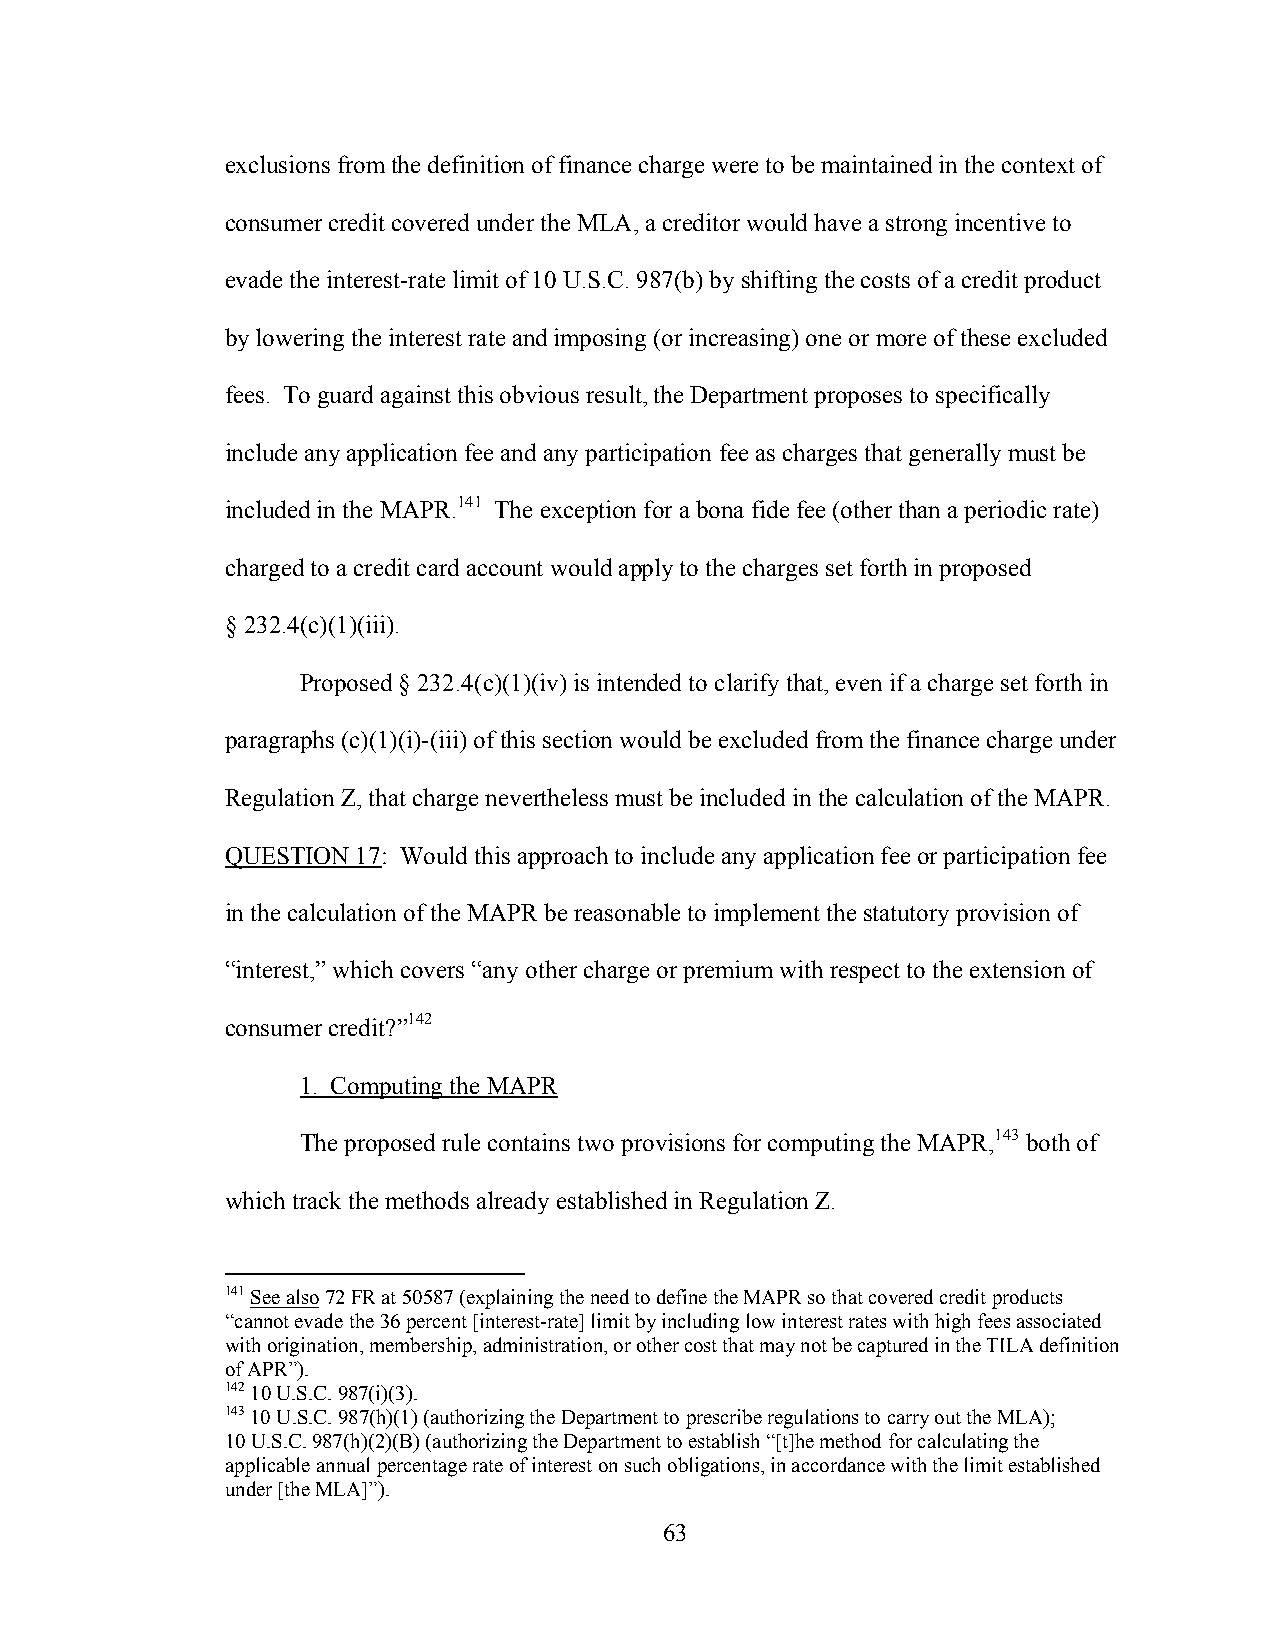
exclusions from the definition of finance charge were to be maintained in the context of
 consumer credit covered under the MLA, a creditor would have a strong incentive to
 evade the interest-rate limit of 10 U.S.C. 987(b) by shifting the costs of a credit product
 by lowering the interest rate and imposing (or increasing) one or more of these excluded
 fees. To guard against this obvious result, the Department proposes to specifically
 include any application fee and any participation fee as charges that generally must be
 included in the MAPR.141 The exception for a bona fide fee (other than a periodic rate)
 charged to a credit card account would apply to the charges set forth in proposed
 § 232.4(c)(1)(iii).
 Proposed § 232.4(c)(1)(iv) is intended to clarify that, even if a charge set forth in
 paragraphs (c)(1)(i)-(iii) of this section would be excluded from the finance charge under
 Regulation Z, that charge nevertheless must be included in the calculation of the MAPR.
 QUESTION 17: Would this approach to include any application fee or participation fee
 in the calculation of the MAPR be reasonable to implement the statutory provision of
 “interest,” which covers “any other charge or premium with respect to the extension of
 consumer credit?”142
 1. Computing the MAPR
 The proposed rule contains two provisions for computing the MAPR,143 both of
 which track the methods already established in Regulation Z.
 141 See also 72 FR at 50587 (explaining the need to define the MAPR so that covered credit products
 “cannot evade the 36 percent [interest-rate] limit by including low interest rates with high fees associated
 with origination, membership, administration, or other cost that may not be captured in the TILA definition
 of APR”).
 142 10 U.S.C. 987(i)(3).
 143 10 U.S.C. 987(h)(1) (authorizing the Department to prescribe regulations to carry out the MLA);
 10 U.S.C. 987(h)(2)(B) (authorizing the Department to establish “[t]he method for calculating the
 applicable annual percentage rate of interest on such obligations, in accordance with the limit established
 under [the MLA]”).
 63